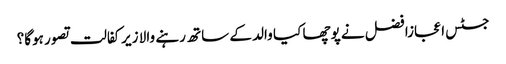
جسٹس اعجازافضل نے پوچھا کیا والد کے ساتھ رہنے والا زیرکفالت تصور ہوگا؟